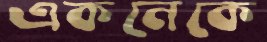
একনেকে